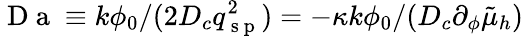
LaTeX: \mathrm{~D~a~}\equiv k\phi_{0}/(2D_{c}q_{\mathrm{~s~p~}}^{2})=-\kappa k\phi_{0}/(D_{c}\partial_{\phi}\tilde{\mu}_{h})